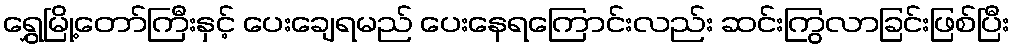
ရွှေမြို့တော်ကြီးနှင့် ပေးချေရမည် ပေးနေရကြောင်းလည်း ဆင်းကြွလာခြင်းဖြစ်ပြီး